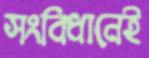
সংবিধানেই